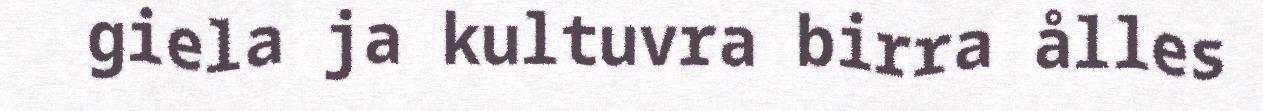
giela ja kultuvra birra ålles